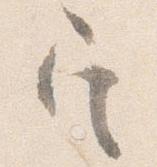
定